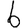
Digit: 6